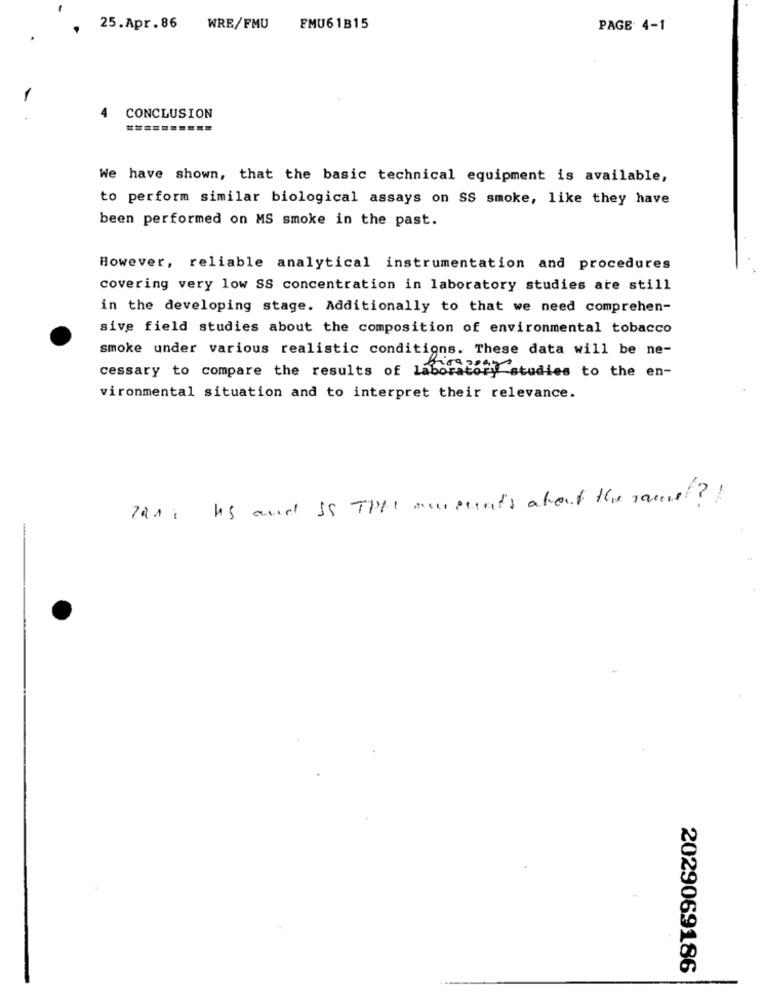
25.Apr. 86
WRE/FMU
FMU61B15
PAGE 4-1
CONCLUSION
We have shown, that the basic technical equipment is available,
to perform similar biological assays on SS smoke, like they have
been performed on MS smoke in the past.
However, reliable analytical instrumentation and procedures
covering very low SS concentration in laboratory studies are still
in the developing stage. Additionally to that we need comprehen-
sive field studies about the composition of environmental tobacco
smoke under various realistic conditions. These data will be ne-
cessary to compare the results of Laboratory studies to the en-
vironmental situation and to interpret their relevance.
721: hs and IS THE amounts about the racef ?!
-
2029069186